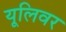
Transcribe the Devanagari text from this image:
यूलिवर